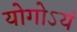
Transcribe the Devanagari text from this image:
योगोऽयं